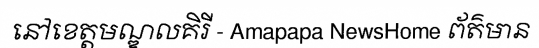
នៅខេត្តមណ្ឌលគិរី - Amapapa NewsHome ព័ត៌មាន